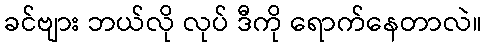
ခင်ဗျား ဘယ်လို လုပ် ဒီကို ရောက်နေတာလဲ။